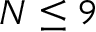
N \leq 9